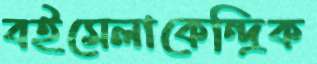
বইমেলাকেন্দ্রিক